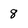
Character: 8